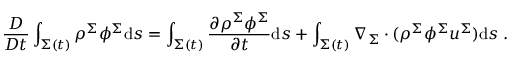
\frac { D } { D t } \int _ { \Sigma ( t ) } \rho ^ { \Sigma } \phi ^ { \Sigma } \mathrm { d } s = \int _ { \Sigma ( t ) } \frac { \partial \rho ^ { \Sigma } \phi ^ { \Sigma } } { \partial t } \mathrm { d } s + \int _ { \Sigma ( t ) } \nabla _ { \Sigma } \cdot ( \rho ^ { \Sigma } \phi ^ { \Sigma } \boldsymbol { u } ^ { \Sigma } ) \mathrm { d } s \; .